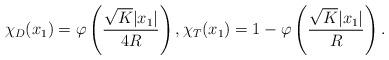
LaTeX: \begin{align*}\chi_D(x_1) = \varphi\left(\frac{\sqrt{K} |x_1|}{4R}\right), \chi_T(x_1) = 1-\varphi\left(\frac{\sqrt{K} |x_1|}{R}\right). \end{align*}